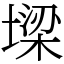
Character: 墚